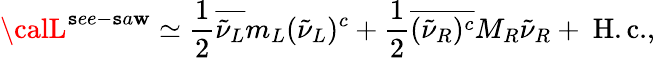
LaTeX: {\calL}^{\mathtt{s}ee-\mathtt{s}a\mathbf{w}}\simeq{\frac{{1}}{{2}}}\overline{{{{{\tilde{{\nu}}}_{L}}}}}m_{L}({\tilde{{\nu}}}_{L})^{c}+{\frac{{1}}{{2}}}\overline{{{{({\tilde{{\nu}}}_{R})^{c}}}}}M_{R}{\tilde{{\nu}}}_{R}+\mathrm{{~H.c.}},